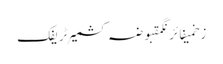
زخمیفائرنگمقبوضہ کشمیرٹریفک